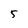
Character: 5